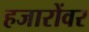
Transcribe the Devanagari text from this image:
हजारोंवर